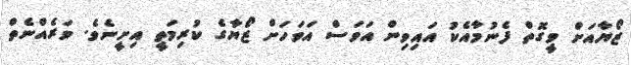
ޒޯޔާއަށް ވީގޮތް ފެނުމާއެކު އައިވިން އަވަސް އަވަހަށް ޒޯޔާގެ ކުރިމަތީ އިށީނެވެ. ވަރެއްނެތް